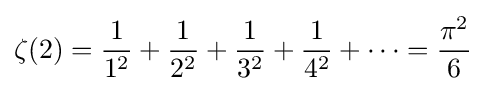
\zeta (2)={\frac {1}{1^{2}}}+{\frac {1}{2^{2}}}+{\frac {1}{3^{2}}}+{\frac {1}{4^{2}}}+\cdots ={\frac {\pi ^{2}}{6}}